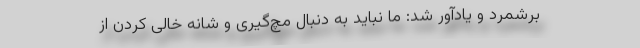
برشمرد و یادآور شد: ما نباید به دنبال مچ‌گیری و شانه خالی کردن از